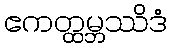
ဧကတ္ထမ္ဘဿိဒံ